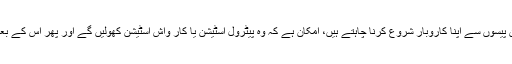
میل ہِگ کا کہنا تھا کہ وہ ان پیسوں سے اپنا کاروبار شروع کرنا چاہتے ہیں، امکان ہے کہ وہ پیٹرول اسٹیشن یا کار واش اسٹیشن کھولیں گے اور پھر اس کے بعد وہ اسکول جانا چاہتے ہیں۔